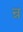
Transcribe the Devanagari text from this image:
न्र